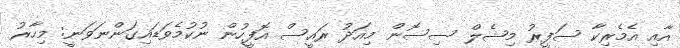
އާއި އެމެރިކާ ސަފީރު މިޝެލް ސިސޮން މިއަދު ރައީސް އޮފީހުން ނުކުމެވަޑައިގަންނަވަނީ: މިހާރު